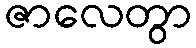
ဇာလေတွာ